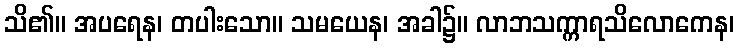
သိ၏။ အပရေန၊ တပါးသော။ သမယေန၊ အခါ၌။ လာဘသက္ကာရသိလောကေန၊